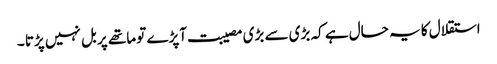
استقلال کا یہ حال ہے کہ بڑی سے بڑی مصیبت آپڑے تو ماتھے پر بل نہیں پڑتا ۔